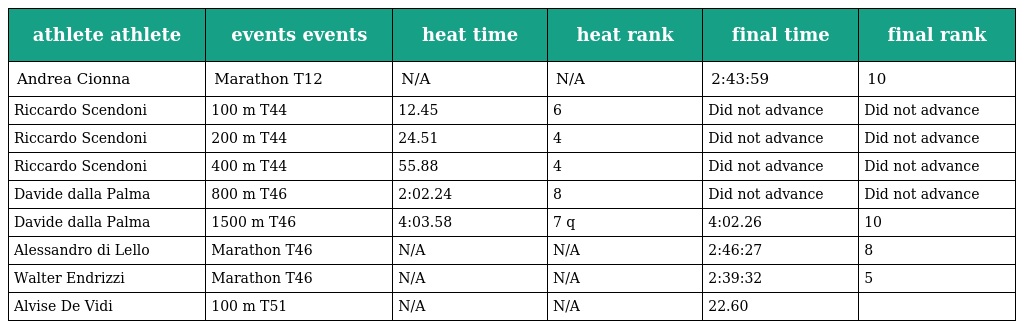
| athlete athlete | events events | heat time | heat rank | final time | final rank |
 | --- | --- | --- | --- | --- | --- |
 | Andrea Cionna | Marathon T12 | N/A | N/A | 2:43:59 | 10 |
 | Riccardo Scendoni | 100 m T44 | 12.45 | 6 | Did not advance | Did not advance |
 | Riccardo Scendoni | 200 m T44 | 24.51 | 4 | Did not advance | Did not advance |
 | Riccardo Scendoni | 400 m T44 | 55.88 | 4 | Did not advance | Did not advance |
 | Davide dalla Palma | 800 m T46 | 2:02.24 | 8 | Did not advance | Did not advance |
 | Davide dalla Palma | 1500 m T46 | 4:03.58 | 7 q | 4:02.26 | 10 |
 | Alessandro di Lello | Marathon T46 | N/A | N/A | 2:46:27 | 8 |
 | Walter Endrizzi | Marathon T46 | N/A | N/A | 2:39:32 | 5 |
 | Alvise De Vidi | 100 m T51 | N/A | N/A | 22.60 |  |